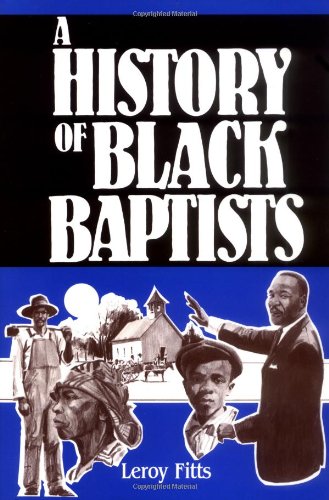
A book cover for A History of Black Baptists; LeRoy Fitts; Christian Books & Bibles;